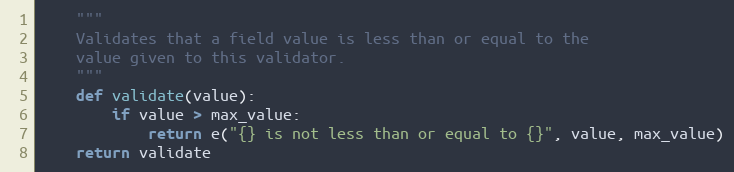
Language: Python
    """
    Validates that a field value is less than or equal to the
    value given to this validator.
    """
    def validate(value):
        if value > max_value:
            return e("{} is not less than or equal to {}", value, max_value)
    return validate